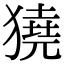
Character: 獟